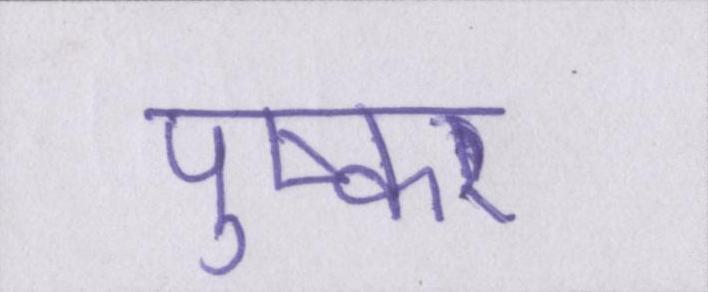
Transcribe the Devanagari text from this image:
पुष्कर